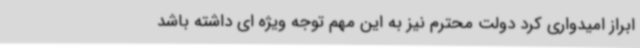
ابراز امیدواری کرد دولت محترم نیز به این مهم توجه ویژه ای داشته باشد